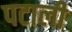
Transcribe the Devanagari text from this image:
पटाली